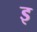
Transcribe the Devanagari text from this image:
इ